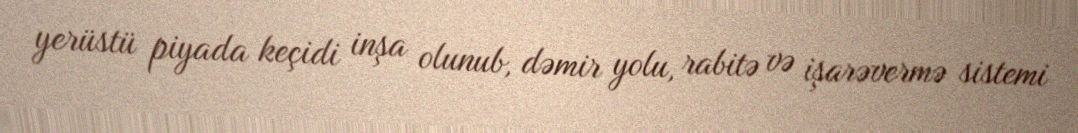
yerüstü piyada keçidi inşa olunub, dəmir yolu, rabitə və işarəvermə sistemi